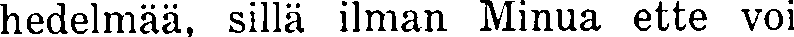
hedelmää, sillä ilman Minua ette voi